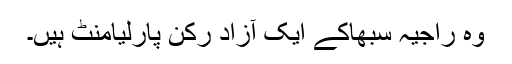
وہ راجیہ سبھاکے ایک آزاد رکن پارلیامنٹ ہیں۔